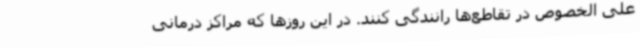
علی الخصوص در تقاطع‌ها رانندگی کنند. در این روزها که مراکز درمانی